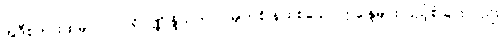
အဲဒီစကားထဲမှာ -၁။ ပရိပုဏ္ဏိန္ဒြိယတာ - မျက်စိ နား စသော ဣန္ဒြေများ ပြည့်စုံခြင်းလည်း